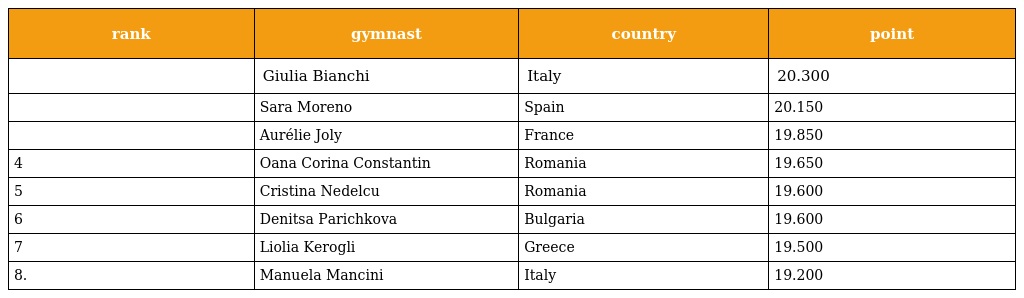
| rank | gymnast | country | point |
 | --- | --- | --- | --- |
 |  | Giulia Bianchi | Italy | 20.300 |
 |  | Sara Moreno | Spain | 20.150 |
 |  | Aurélie Joly | France | 19.850 |
 | 4 | Oana Corina Constantin | Romania | 19.650 |
 | 5 | Cristina Nedelcu | Romania | 19.600 |
 | 6 | Denitsa Parichkova | Bulgaria | 19.600 |
 | 7 | Liolia Kerogli | Greece | 19.500 |
 | 8. | Manuela Mancini | Italy | 19.200 |